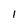
Character: I